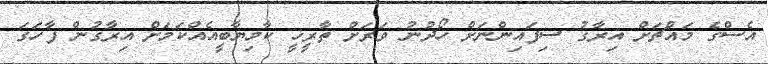
އެސްގެ މައްޗަށް އިރާގު ސިފައިންނަށް ހޯދުނު ވަރަށް ތާރީޚީ ކާމިޔާބީއެއްކަމަށް އިރާގުން ފާހަގަ